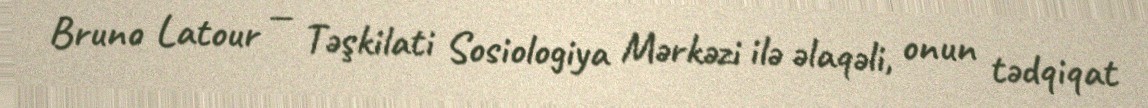
Bruno Latour — Təşkilati Sosiologiya Mərkəzi ilə əlaqəli, onun tədqiqat